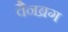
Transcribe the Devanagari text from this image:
वैनब्रग